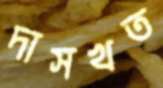
দাসখত